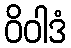
ဝိဝါဒံ